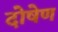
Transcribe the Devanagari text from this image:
दोषेण